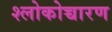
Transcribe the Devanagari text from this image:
श्लोकोच्चारण